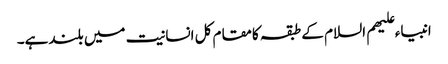
انبیاء علیھم السلام کے طبقہ کامقام کل انسانیت میں بلندہے۔